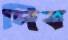
দিব